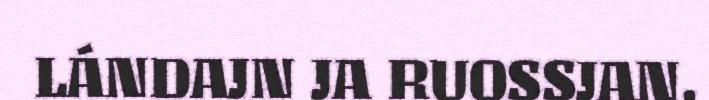
LÁNDAJN JA RUOSSJAN.